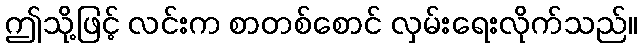
ဤသို့ဖြင့် လင်းက စာတစ်စောင် လှမ်းရေးလိုက်သည်။